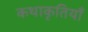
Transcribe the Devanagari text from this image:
कथाकृतियाँ